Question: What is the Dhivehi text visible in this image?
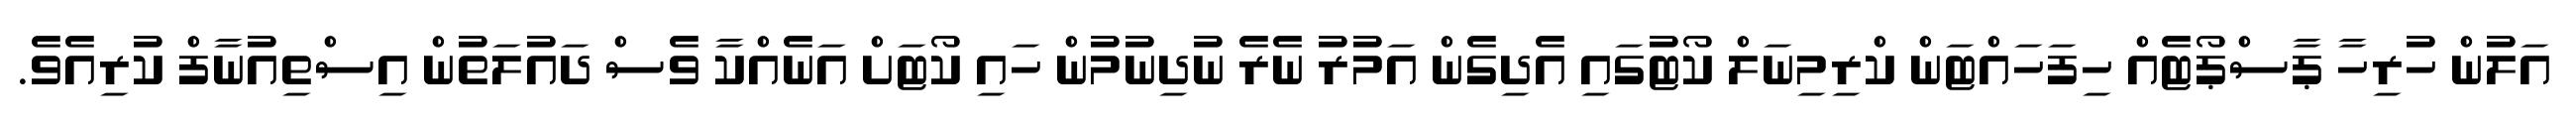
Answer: އަލުން ހުރިހާ ޕާސްޕޯޓެއް ހިފަހައްޓަން ކްރިމިނަލް ކޯޓުގައި އެދިގެން އަމުރު ނެރެ ނުދިނުމުން ހައި ކޯޓަށް އަނެއްކާ ވެސް ދައުލަތުން އިސްތިއުނާފް ކުރިއެވެ.